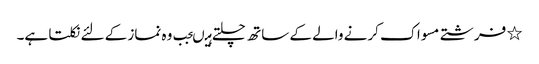
٭ فرشتے مسواک کرنے والے کے ساتھ چلتے ہیںجب وہ نماز کے لئے نکلتا ہے۔